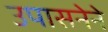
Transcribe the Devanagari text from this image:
उपासनेने